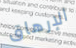
الإرهاق